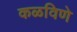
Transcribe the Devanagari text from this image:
कळविणे